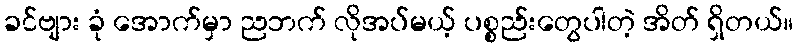
ခင်ဗျား ခုံ အောက်မှာ ညဘက် လိုအပ်မယ့် ပစ္စည်းတွေပါတဲ့ အိတ် ရှိတယ်။